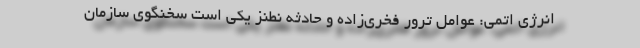
انرژی اتمی: عوامل ترور فخری‌زاده و حادثه نطنز یکی است سخنگوی سازمان